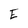
Character: E